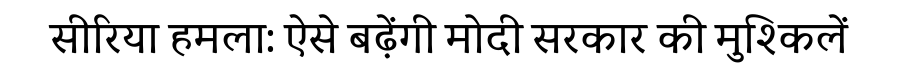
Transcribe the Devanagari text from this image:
सीरिया हमला: ऐसे बढ़ेंगी मोदी सरकार की मुश्किलें